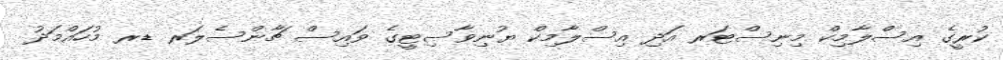
ކުރީގެ އިސްލާމިކް މިނިސްޓަރ އަދި އިސްލާމިކް ޔުނިވާސިޓީގެ ވައިސް ޗާންސެލަރ ޑރ މުހައްމަދު